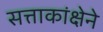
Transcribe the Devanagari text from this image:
सत्ताकांक्षेने